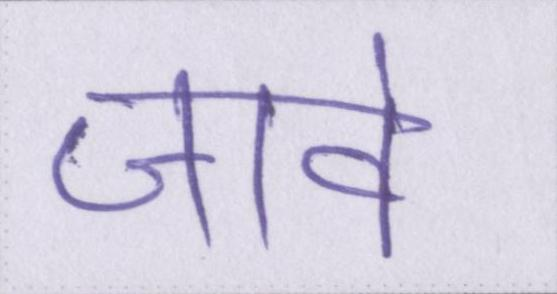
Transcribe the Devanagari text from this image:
जावे